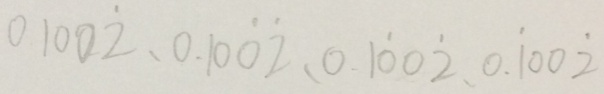
1 . 1 0 0 \dot { 2 } 、 0 . 1 0 \dot { 0 } \dot { 2 } 、 0 . 1 \dot { 0 } 0 \dot { 2 } 、 0 , \dot { 1 } 0 0 \dot { 2 }